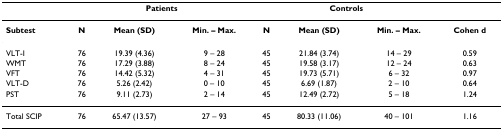
|  | <COLSPAN=3> Patients | <COLSPAN=3> Controls |  |
 | --- | --- | --- | --- | --- | --- | --- | --- |
 | Subtest | N | Mean (SD) | Min. – Max. | N | Mean (SD) | Min. – Max. | Cohen d |
 | VLT-I | 76 | 19.39 (4.36) | 9 – 28 | 45 | 21.84 (3.74) | 14 – 29 | 0.59 |
 | WMT | 76 | 17.29 (3.88) | 8 – 24 | 45 | 19.58 (3.17) | 12 – 24 | 0.63 |
 | VFT | 76 | 14.42 (5.32) | 4 – 31 | 45 | 19.73 (5.71) | 6 – 32 | 0.97 |
 | VLT-D | 76 | 5.26 (2.42) | 0 – 10 | 45 | 6.69 (1.87) | 2 – 10 | 0.64 |
 | PST | 76 | 9.11 (2.73) | 2 – 14 | 45 | 12.49 (2.72) | 5 – 18 | 1.24 |
 | Total SCIP | 76 | 65.47 (13.57) | 27 – 93 | 45 | 80.33 (11.06) | 40 – 101 | 1.16 |